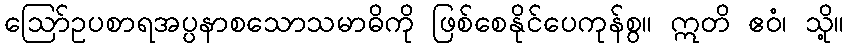
ဩော်ဥပစာရအပ္ပနာစသောသမာဓိကို ဖြစ်စေနိုင်ပေကုန်စွ။ ဣတိ ဧဝံ၊ သို့။